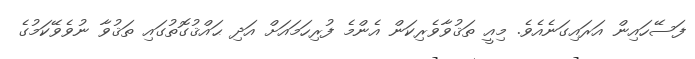
ފަސޭހައިން އަރައިގަނެއެވެ. މިއީ ތަޤުވާވެރިކަން އެންމެ ފުރިހަމައަށް އަދި ޙައްޤުގޮތުގައި ތަޤުވާ ނުވެވޭކަމުގެ